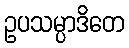
ဥပသမ္ပာဒိတေ